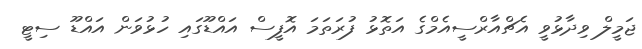
ޖަމީލް ވިދާޅުވީ އެޗްއާރްސީއެމްގެ އަތޮޅު ފުރަތަމަ އޮފީސް އައްޑޫގައި ހުޅުވަން އައްޑޫ ސިޓީ